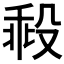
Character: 𣪜